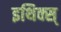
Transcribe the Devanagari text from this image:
इथिक्स्